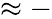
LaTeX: \approx-